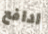
ادافع